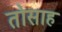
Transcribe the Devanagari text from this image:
तोसाह